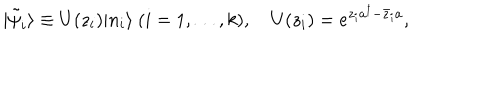
| \tilde { \psi } _ { i } \rangle \equiv U ( z _ { i } ) | n _ { i } \rangle \ ( i = 1 , \dots , k ) , \quad U ( z _ { i } ) = e ^ { z _ { i } a ^ { \dagger } - \bar { z } _ { i } a } ,